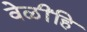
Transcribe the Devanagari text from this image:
वेळींहि